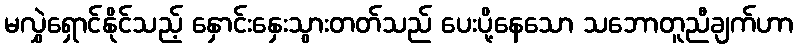
မလွှဲရှောင်နိုင်သည့် နှောင်းနှေးသွားတတ်သည် ပေးပို့နေသော သဘောတူညီချက်ဟာ